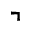
\urcorner